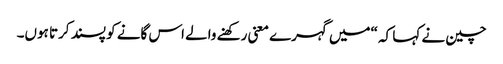
چین نے کہا کہ “میں گہرے معنی رکھنے والے اس گانے کو پسند کرتا ہوں۔